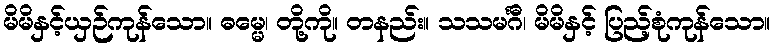
မိမိနှင့်ယှဉ်ကုန်သော။ ဓမ္မေ၊ တို့ကို။ တနည်း။ သသမင်္ဂီ၊ မိမိနှင့် ပြည့်စုံကုန်သော။